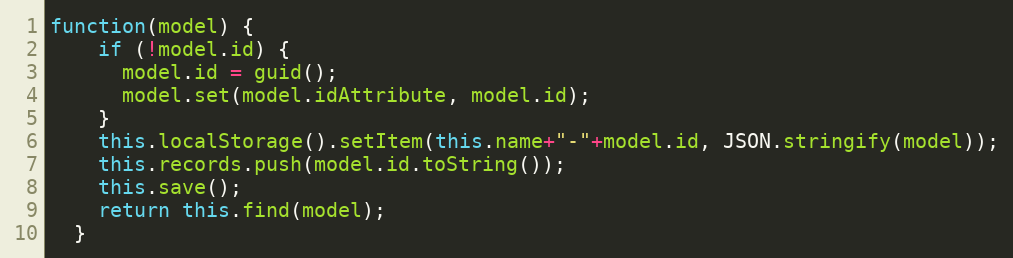
Language: JavaScript
function(model) {
    if (!model.id) {
      model.id = guid();
      model.set(model.idAttribute, model.id);
    }
    this.localStorage().setItem(this.name+"-"+model.id, JSON.stringify(model));
    this.records.push(model.id.toString());
    this.save();
    return this.find(model);
  }